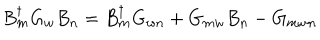
B _ { m } ^ { \dagger } G _ { w } B _ { n } = B _ { m } ^ { \dagger } G _ { w n } + G _ { m w } B _ { n } - G _ { m w n }